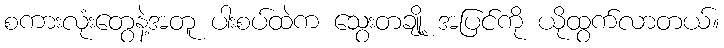
စကားလုံးတွေနဲ့အတူ ပါးစပ်ထဲက သွေးတချို့ အပြင်ကို ယိုထွက်လာတယ်။